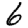
Digit: 6